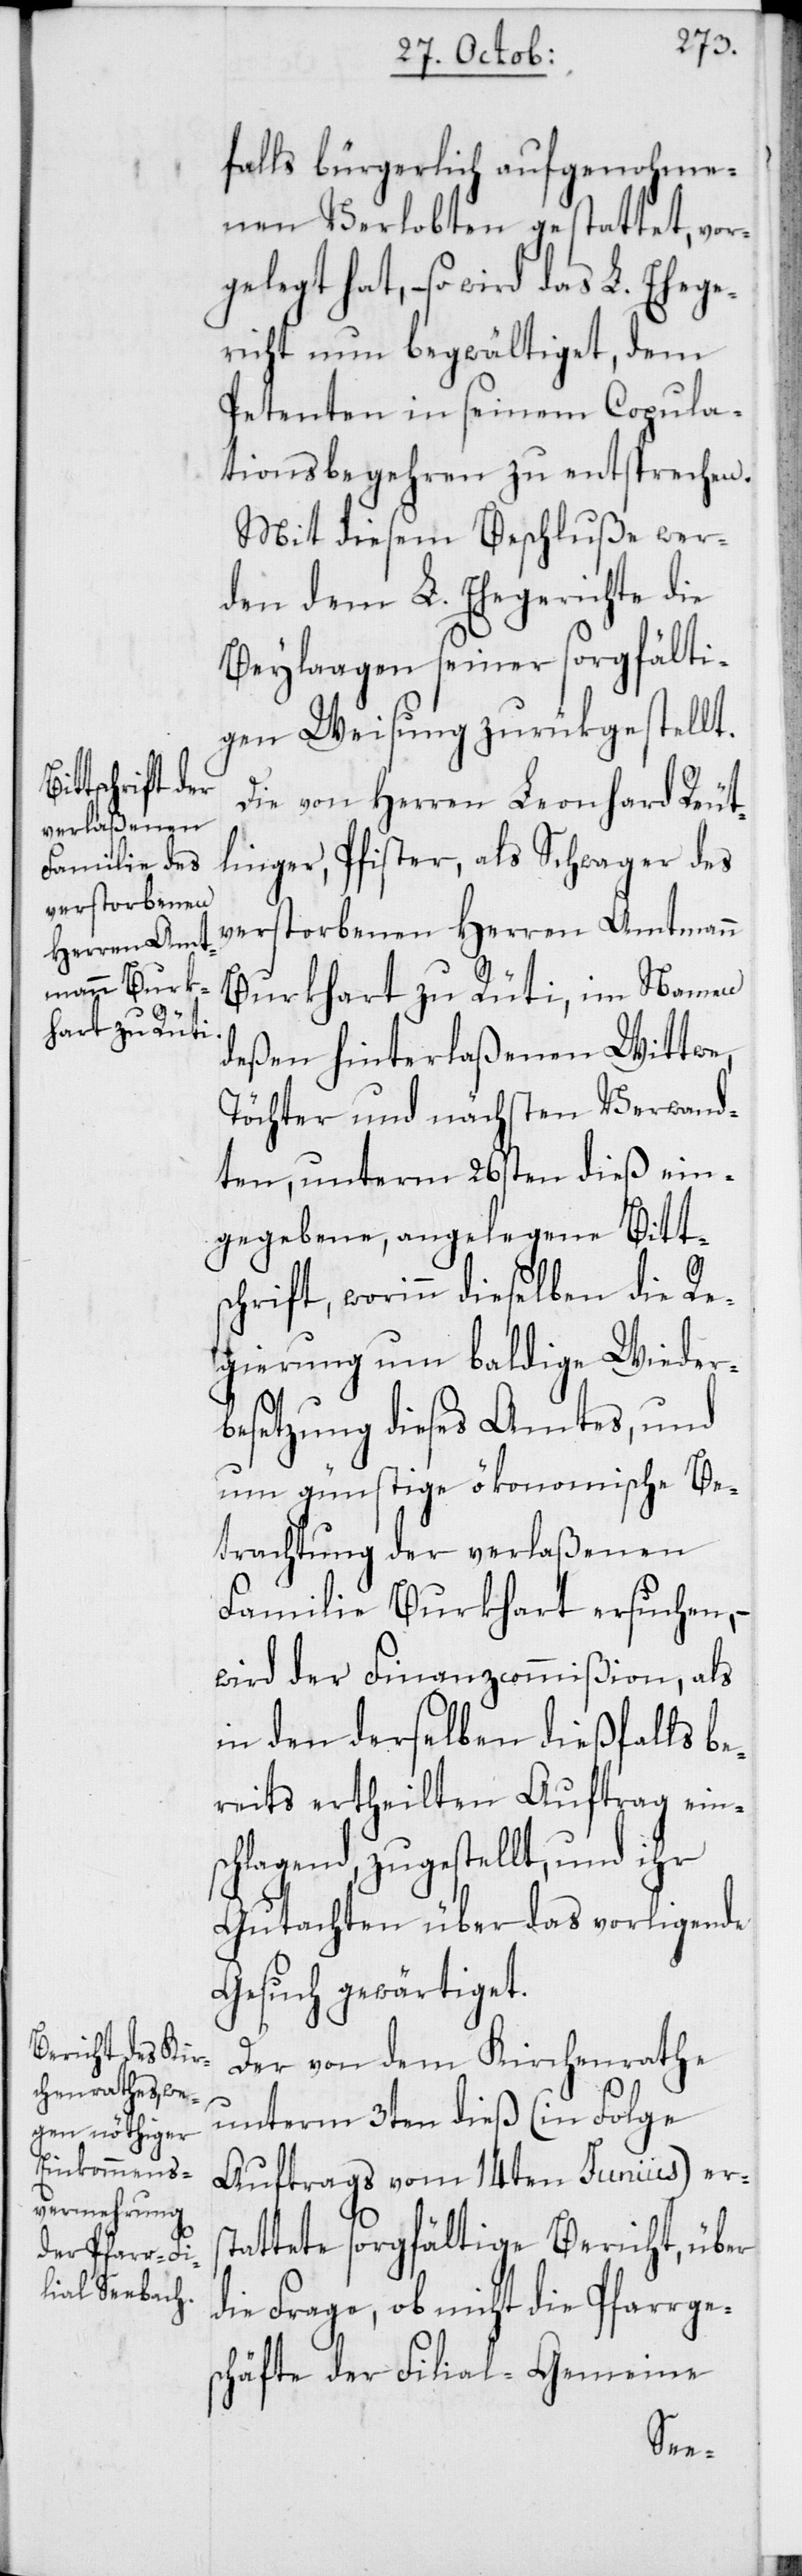
falls bürgerlich aufgenohme¬
nen Verlobten gestattet, vor¬
gelegt hat, – so wird das L. Ehege¬
richt nun begwältiget, dem
Petenten in seinem Copula¬
tionsbegehren zu entsprechen.
Mit diesem Beschluße wer¬
den dem L. Ehegerichte die
Beylaagen seiner sorgfälti¬
gen Weisung zurükgestellt.
Die von Herren Leonhard Reut¬
linger, Pfister, als Schwager des
verstorbenen Herren Amtmann
Burkhart zu Rüti, im Namen
deßen hinterlaßenen Wittwe,
Töchter und nächsten Verwand¬
ten, unterm 26sten dieß ein¬
gegebene, angelegene Bitt¬
schrift, worinn dieselben die Re¬
gierung um baldige Wieder¬
besetzung dieses Amtes, und
um günstige ökonomische Be¬
trachtung der verlaßenen
Familie Burkhart ersuchen, –
wird der Finanzcommißion, als
in den derselben dießfalls be¬
reits ertheilten Auftrag ein¬
schlagend, zugestellt, und ihr
Gutachten über das vorligende
Gesuch gewärtiget.
Der von dem Kirchenrathe
unterm 3ten dieß (in Folge
Auftrags vom 14ten Junius) ers¬
tattete sorgfältige Bericht, über
die Frage, ob nicht die Pfarrge¬
schäfte der Filial-Gemeine